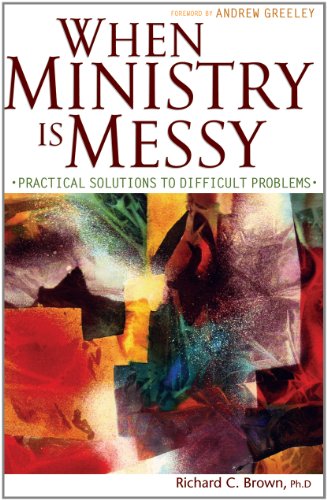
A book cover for When Ministry Is Messy: Practical Solutions to Difficult Problems; Richard C. Brown; Christian Books & Bibles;